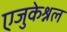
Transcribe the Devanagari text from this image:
एजुकेश्नल